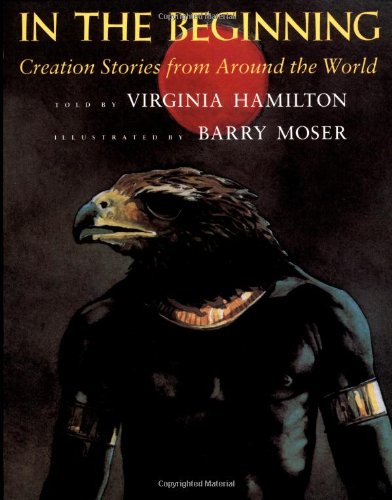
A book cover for In the Beginning: Creation Stories from Around the World; Virginia Hamilton; Teen & Young Adult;